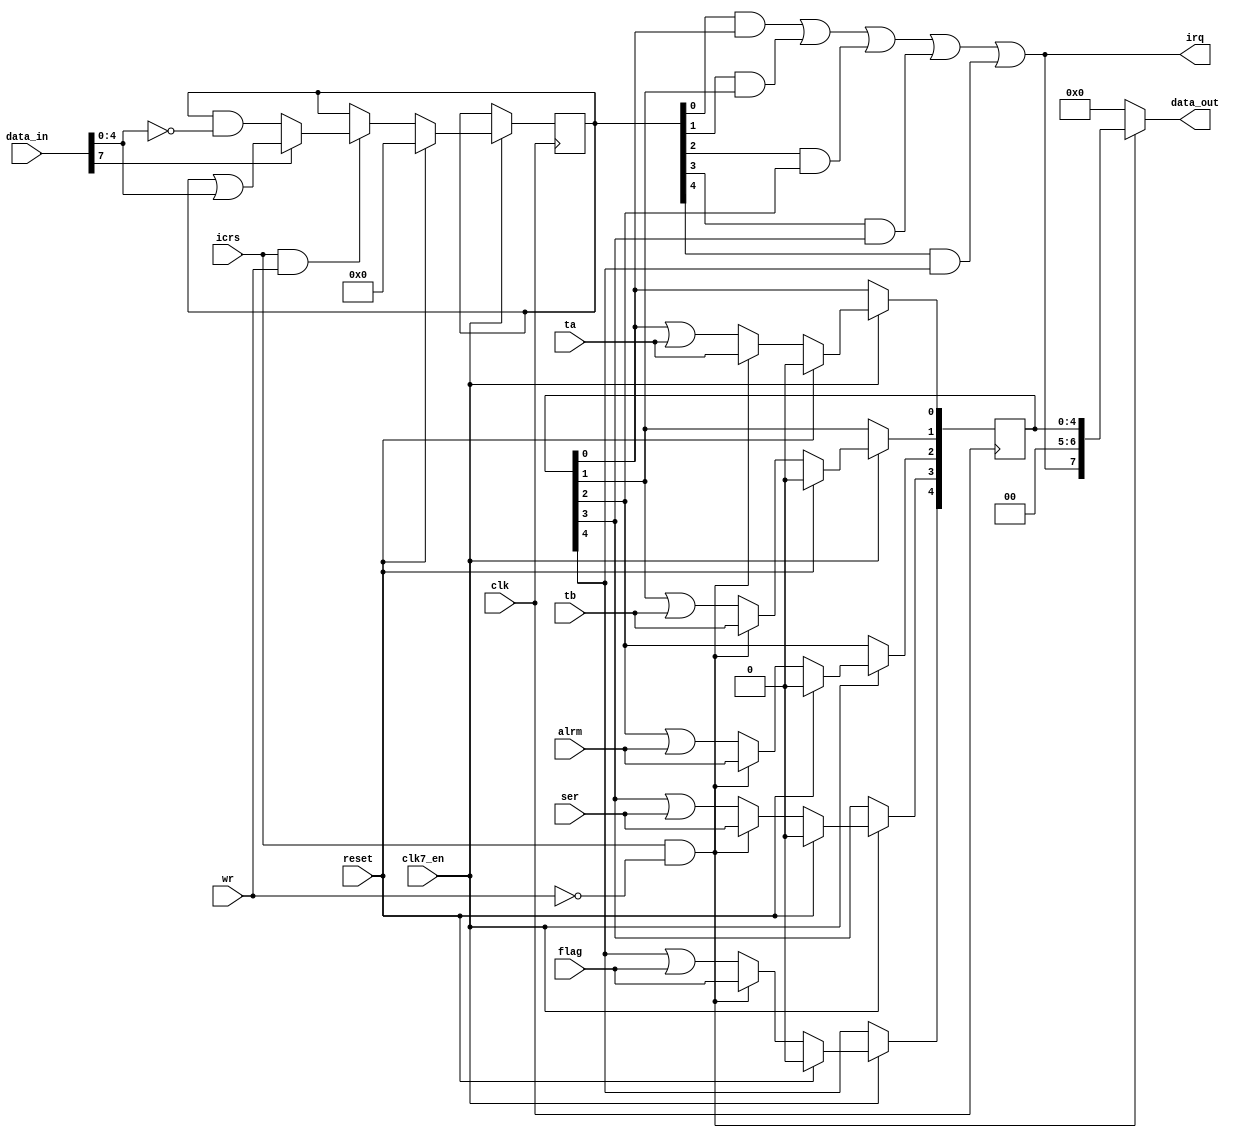
// This program was cloned from: https://github.com/rkrajnc/minimig-mist
// License: GNU General Public License v3.0

module cia_int
(
  input   clk,          // clock
  input clk7_en,
  input  wr,          // write enable
  input   reset,         // reset
  input   icrs,        // intterupt control register select
  input  ta,          // ta (set TA bit in ICR register)
  input  tb,            // tb (set TB bit in ICR register)
  input  alrm,         // alrm (set ALRM bit ICR register)
  input   flag,         // flag (set FLG bit in ICR register)
  input   ser,        // ser (set SP bit in ICR register)
  input   [7:0] data_in,    // bus data in
  output   [7:0] data_out,    // bus data out
  output  irq          // intterupt out
);

reg  [4:0] icr = 5'd0;      // interrupt register
reg  [4:0] icrmask = 5'd0;    // interrupt mask register

// reading of interrupt data register
assign data_out[7:0] = icrs && !wr ? {irq,2'b00,icr[4:0]} : 8'b0000_0000;

// writing of interrupt mask register
always @(posedge clk)
  if (clk7_en) begin
    if (reset)
      icrmask[4:0] <= 5'b0_0000;
    else if (icrs && wr)
    begin
      if (data_in[7])
        icrmask[4:0] <= icrmask[4:0] | data_in[4:0];
      else
        icrmask[4:0] <= icrmask[4:0] & (~data_in[4:0]);
    end
  end

// register new interrupts and/or changes by user reads
always @(posedge clk)
  if (clk7_en) begin
    if (reset)// synchronous reset
      icr[4:0] <= 5'b0_0000;
    else if (icrs && !wr)
    begin// clear latched intterupts on read
      icr[0] <= ta;      // timer a
      icr[1] <= tb;      // timer b
      icr[2] <= alrm;       // timer tod
      icr[3] <= ser;       // external ser input
      icr[4] <= flag;      // external flag input
    end
    else
    begin// keep latched intterupts
      icr[0] <= icr[0] | ta;    // timer a
      icr[1] <= icr[1] | tb;    // timer b
      icr[2] <= icr[2] | alrm;  // timer tod
      icr[3] <= icr[3] | ser;    // external ser input
      icr[4] <= icr[4] | flag;  // external flag input
    end
  end

// generate irq output (interrupt request)
assign irq   = (icrmask[0] & icr[0])
      | (icrmask[1] & icr[1])
      | (icrmask[2] & icr[2])
      | (icrmask[3] & icr[3])
      | (icrmask[4] & icr[4]);


endmodule